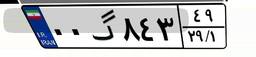
۰۰گ۸۴۳۴۹